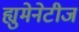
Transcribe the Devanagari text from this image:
ह्युमेनेटीज